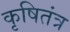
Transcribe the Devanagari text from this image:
कृषितंत्र